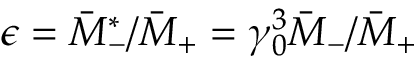
\epsilon = \bar { M } _ { - } ^ { \ast } / \bar { M } _ { + } = \gamma _ { 0 } ^ { 3 } \bar { M } _ { - } / \bar { M } _ { + }